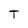
Character: T